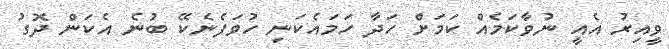
ވީއިރު އެއީ ނުވާކަމެއް ކަމަށް ހަދާ ހަމައެކަނި ހުވަފެނެކޭ ބުނެ އެކަން ދޮގު